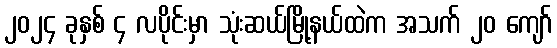
၂၀၂၄ ခုနှစ် ၄ လပိုင်းမှာ သုံးဆယ်မြို့နယ်ထဲက အသက် ၂၀ ကျော်